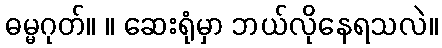
ဓမ္မဂုတ်။ ။ ဆေးရုံမှာ ဘယ်လိုနေရသလဲ။